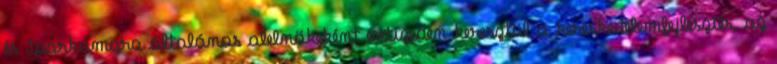
és Iparkamara általános alelnökeként évtizeden keresztül a kereskedelemfejlesztés, az